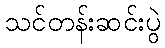
သင်တန်းဆင်းပွဲ